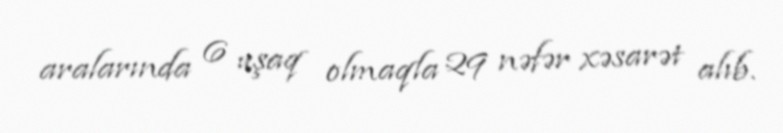
aralarında 6 uşaq olmaqla 29 nəfər xəsarət alıb.